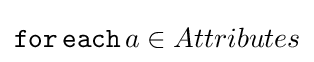
{\mathtt {for\,each}}\,a\in Attributes